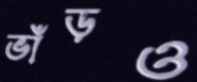
ভাঁড়ও